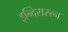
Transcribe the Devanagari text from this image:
इन्दिरारत्न